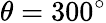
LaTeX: \theta=300^{\circ}